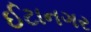
ઈટાનગર